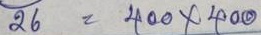
26 = 400 x 400